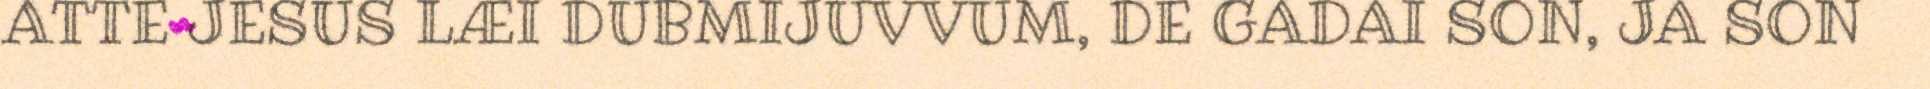
ATTE JESUS LÆI DUBMIJUVVUM, DE GADAI SON, JA SON